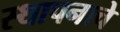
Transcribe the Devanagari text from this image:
स्थापनाचे